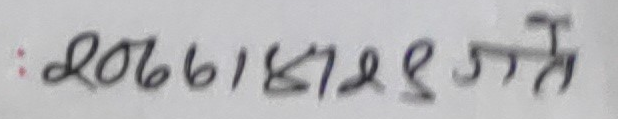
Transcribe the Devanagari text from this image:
:२०७६।४।२९ गते